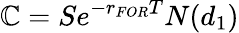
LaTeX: \mathbb{C}=Se^{-r_{FOR}T}N(d_{1})